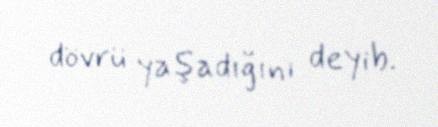
dövrü yaşadığını deyib.